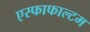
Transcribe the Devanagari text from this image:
एस्फाफाल्टम